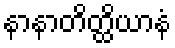
နာနာတိတ္ထိယာနံ